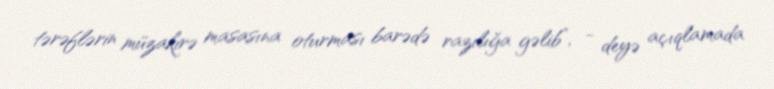
tərəflərin müzakirə masasına oturması barədə razılığa gəlib”, - deyə açıqlamada